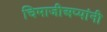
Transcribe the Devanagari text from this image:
चिमाजीअप्पांनी